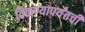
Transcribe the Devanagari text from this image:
विकण्यापर्यंतची